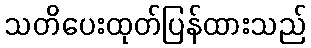
သတိပေးထုတ်ပြန်ထားသည်